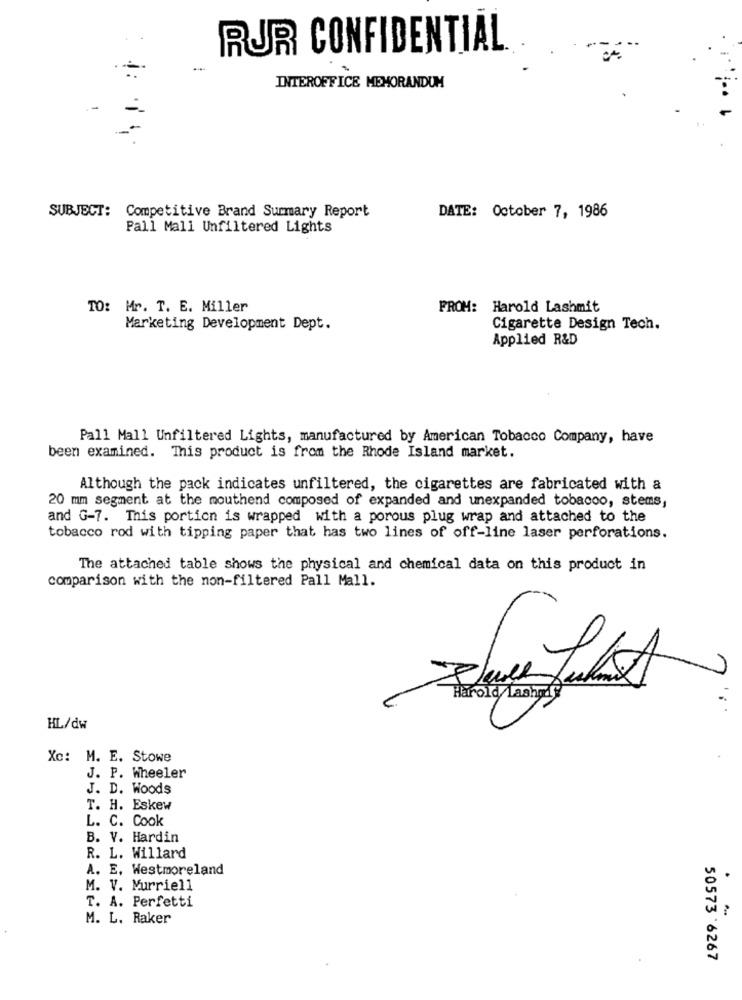
RUR CONFIDENTIAL
INTEROFFICE MEMORANDUM
SUBJECT: Competitive Brand Summary Report
DATE: October 7, 1986
Pall Mall Unfiltered Lights
TO: Mr. T. E. Miller
FROM: Harold Lashmit
Marketing Development Dept.
Cigarette Design Tech.
Applied R&D
Pall Mall Unfiltered Lights, manufactured by American Tobacco Company, have
been examined. This product is from the Rhode Island market.
Although the pack indicates unfiltered, the cigarettes are fabricated with a
20 mm segment at the mouthend composed of expanded and unexpanded tobacco, stems,
and G-7. This portion is wrapped with a porous plug wrap and attached to the
tobacco rod with tipping paper that has two lines of off-line laser perforations.
The attached table shows the physical and chemical data on this product in
comparison with the non-filtered Pall Mall.
Harold Lashgdy
HL/dw
Xc: M. E. Stowe
J. P. Wheeler
J. D. Woods
T. H. Eskew
L. C. Cook
B. V. Hardin
R. L. Willard
A. E, Westmoreland
.
M. V. Murriell
T. A. Perfetti
M. L. Raker
50573 6267